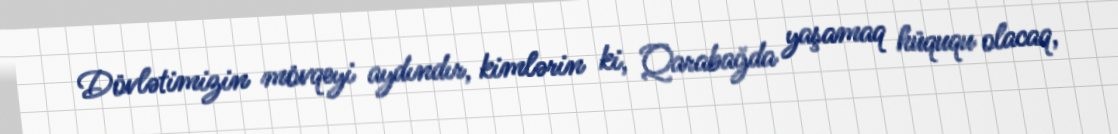
Dövlətimizin mövqeyi aydındır, kimlərin ki, Qarabağda yaşamaq hüququ olacaq,